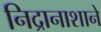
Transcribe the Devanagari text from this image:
निद्रानाशाने